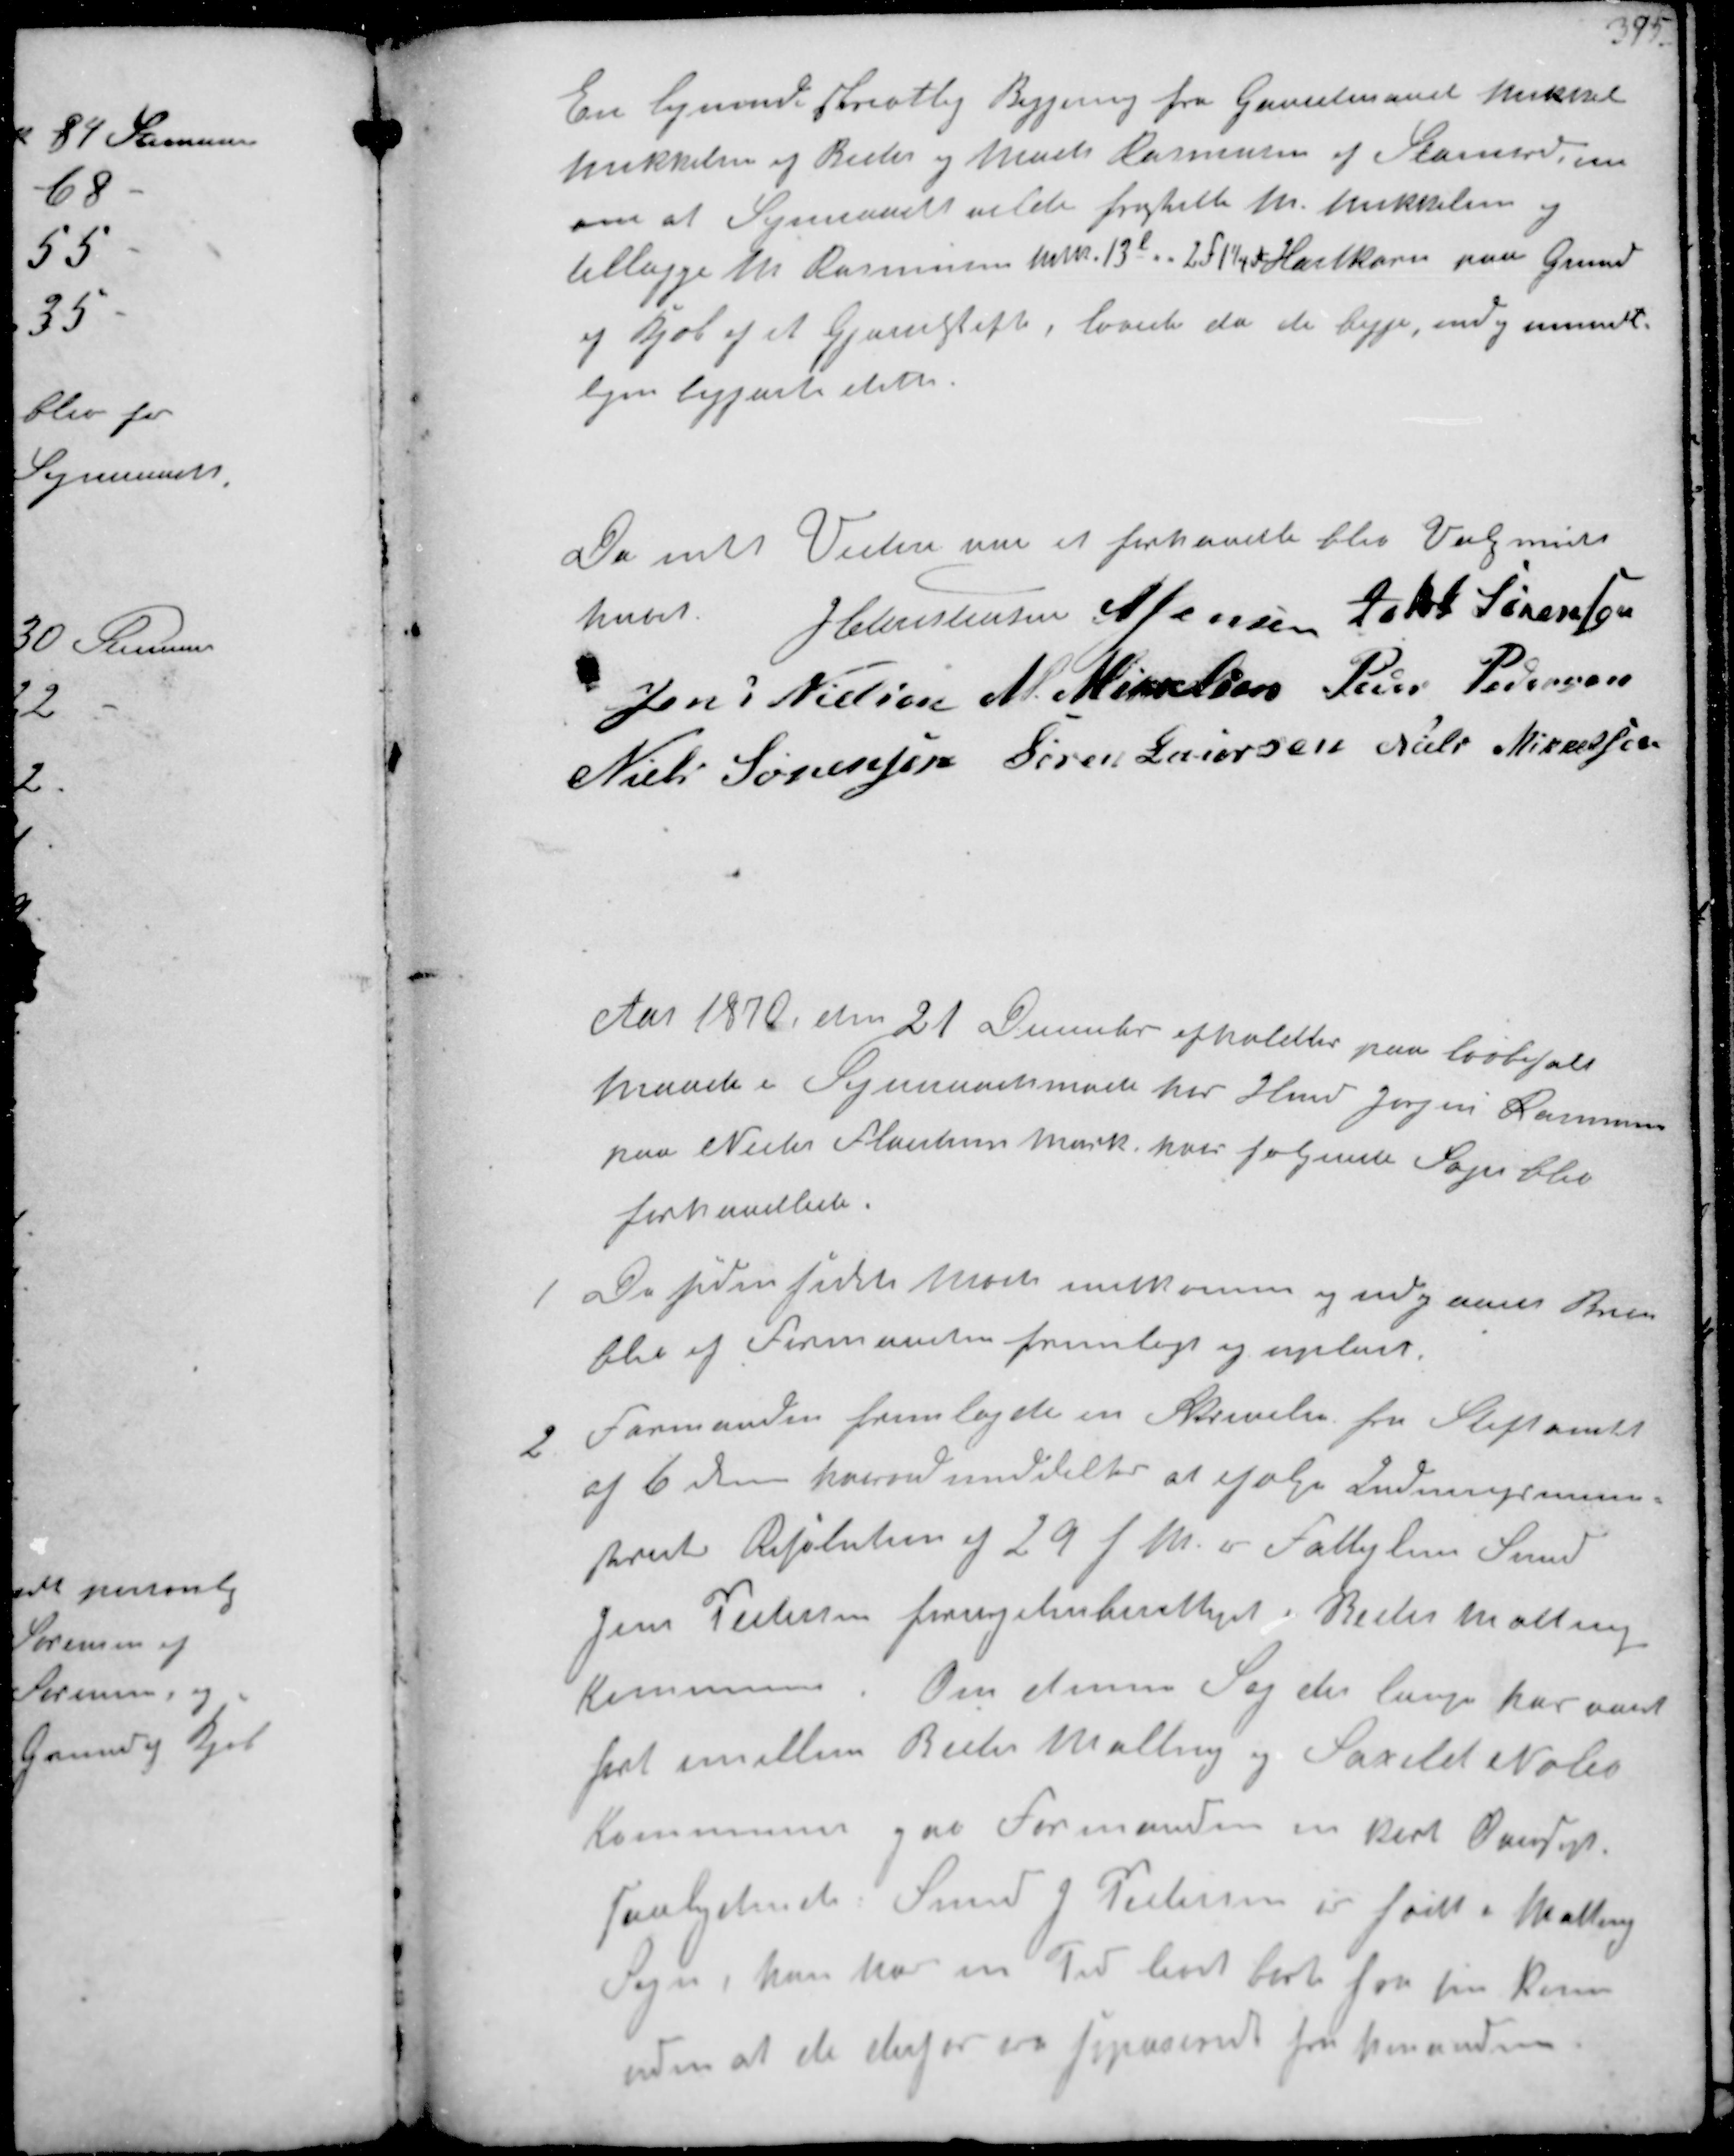
Transskription:
En lignende skriftlig Begjæring fra Gaardmand Mikkel
Mikkelsen af Beder og Mads Rasmussen af Stornord
om at Sogneraadet vilde fristille M Mikkelsen og
tillægge M Rasmussen mtr. 13l - - 2F 1¼ td Hartkorn paa Grund
 af Kjøb af et Gjenesteft, lovede da de begge endog mundt-
ligen begjærte dette.

Da intet Videre var at forhandle blev Valgmødet
hævet J Christensen N Jensen Jakob Sørensen
Jens Nielsen M. Mikkelsen Peder Pedersen
Niels Sørensen Søren Laursen Niels Mikkelsen

Aar 1870  den 21 Decbr afholdtes paa lovbefalet
maade i Sogneraadsmøde hos Hmd Jørgen Rasmussen
paa Neder Flaistrup Mark, hvor følgende Sager blev
forhandlede.

1
De siden sidste Møde indkomne og udgaaede Breve
blev af Formanden fremlagt og oplæst.

2
Formanden fremlagde en Skrivelse fra Stiftamtet
af 6 Decm hvorved meddeltes at ifølge Indenrigsmini-
steriets Resolution af 29 f. M. er Fattiglem Smed
Jens Pedersen forsørgelsesberettiget i Beder Malling
Kommune. Om denne Sag der længe har været
ført imellem Beder Malling og Saxild Nølev
Kommune gav Formanden en kort Oversigt
saalydende: Smed J. Pedersen er født i Malling
Sogn, han har en Tid borte fra sin Kone
uden at de derfor er separeret fra hinanden